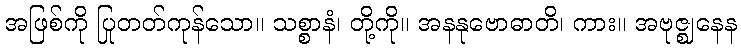
အဖြစ်ကို ပြုတတ်ကုန်သော။ သစ္စာနံ၊ တို့ကို။ အနနုဗောဓာတိ၊ ကား။ အဗုဇ္ဈနေန